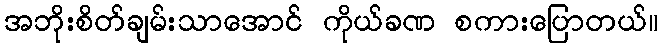
အဘိုးစိတ်ချမ်းသာအောင် ကိုယ်ခဏ စကားပြောတယ်။